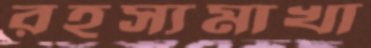
রহস্যমাখা